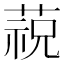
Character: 𱾋